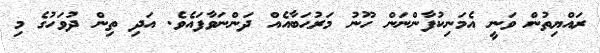
ރައްޔިތުން ވަނީ އެމަނިކުފާންނަން ހޫނު މަރުޙަބާއެއް ދަންނަވާފައެވެ. އަދި ތިން ދުވަހުގެ މި